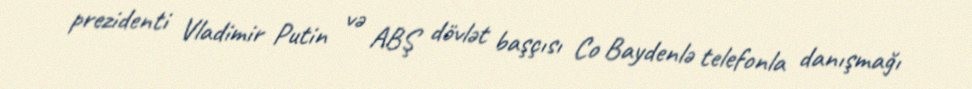
prezidenti Vladimir Putin və ABŞ dövlət başçısı Co Baydenlə telefonla danışmağı